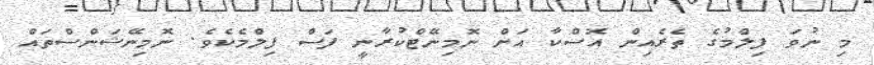
މި ނުވަ ފިލްމުގެ ތެރެއިން އޮސްކާ އަށް ނޮމިނޭޓްކުރާނީ ފަސް ފިލްމެކެވެ. ނޮމިނޭޝަންސްތައް